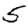
Digit: 5